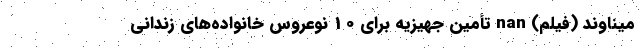
میناوند (فیلم) nan تأمین جهیزیه برای 10 نوعروس خانواده‌های زندانی